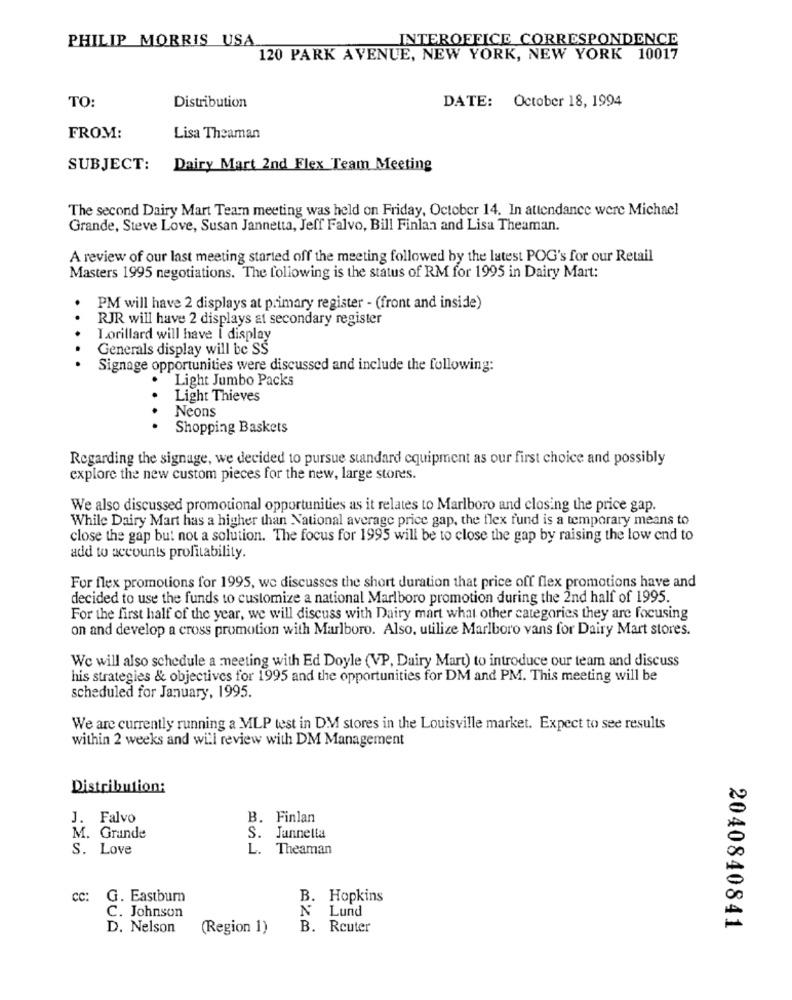
PHILIP MORRIS USA
INTEROFFICE CORRESPONDENCE
120 PARK AVENUE, NEW YORK, NEW YORK 10017
TO:
DATE: October 18, 1994
Distribution
FROM:
Lisa Theaman
SUBJECT:
Dairy Mart 2nd Flex Team Meeting
The second Dairy Mart Team meeting was held on Friday, October 14. In attendance were Michael
Grande, Steve Love, Susan Jannetta, Jeff Falvo, Bill Finlan and Lisa Theaman.
A review of our last meeting started off the meeting followed by the latest POG's for our Retail
Masters 1995 negotiations. The following is the status of RM for 1995 in Dairy Mart:
PM will have 2 displays at primary register - (front and inside)
..
RJR will have 2 displays at secondary register
Lorillard will have I display
Generals display will be SS
...
Signage opportunities were discussed and include the following:
Light Jumbo Packs
Light Thieves
Neons
Shopping Baskets
Regarding the signage, we decided to pursue standard equipment as our first choice and possibly
explore the new custom pieces for the new, large stores.
We also discussed promotional opportunities as it relates to Marlboro and closing the price gap.
While Dairy Mart has a higher than National average price gap, the flex fund is a temporary means to
close the gap but not a solution. The focus for 1995 will be to close the gap by raising the low end to
add to accounts profitability.
For flex promotions for 1995, we discusses the short duration that price off flex promotions have and
decided to use the funds to customize a national Marlboro promotion during the 2nd half of 1995.
For the first half of the year, we will discuss with Dairy mart what other categories they are focusing
on and develop a cross promotion with Marlboro. Also, utilize Marlboro vans for Dairy Mart stores.
We will also schedule a meeting with Ed Doyle (VP, Dairy Mart) to introduce our team and discuss
his strategies & objectives for 1995 and the opportunities for DM and PM. This meeting will be
scheduled for January, 1995.
We are currently running a MLP test in DM stores in the Louisville market. Expect to see results
within 2 weeks and will review with DM Management
Distribution:
J. Falvo
B. Finlan
M. Grande
S.
Jannella
S. Love
L.
Theaman
CC:
G. Eastburn
B. Hopkins
00
C. Johnson
Lund
A
D. Nelson
(Region 1)
B. Reuter
2040840841